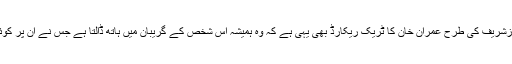
کیونکہ میاں نوازشریف کی طرح عمران خان کا ٹریک ریکارڈ بھی یہی ہے کہ وہ ہمیشہ اس شخص کے گریبان میں ہاتھ ڈالتا ہے جس نے ان پر کوئی احسان کیا ہو۔